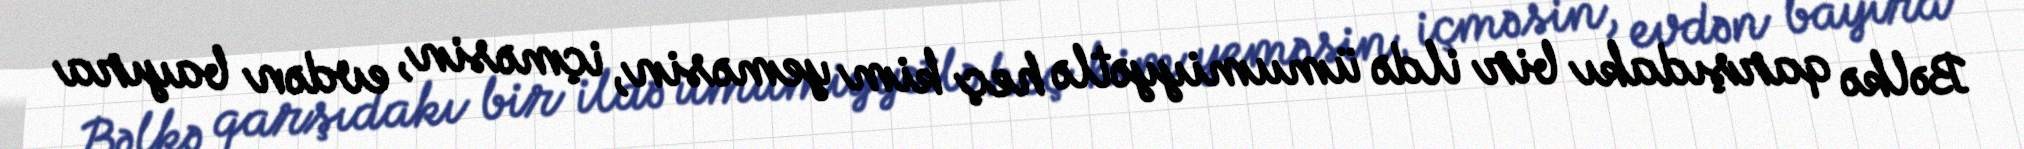
Bəlkə qarşıdakı bir ildə ümumiyyətlə heç kim yeməsin, içməsin, evdən bayıra